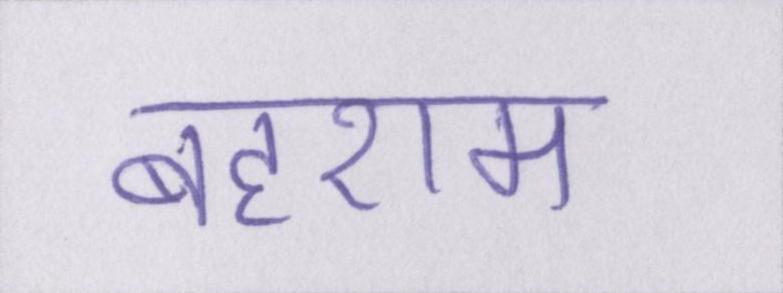
बहराम